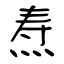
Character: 焘